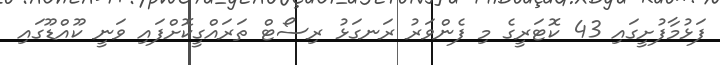
ފަޅުމާފުށީގައި 43 ކޮޓަރީގެ މި ފެންވަރު ރަނގަޅު ރިސޯޓް ތަރައްގީކޮށްފައި ވަނީ ކޫއްޑޫގައި